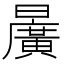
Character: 𣋷